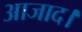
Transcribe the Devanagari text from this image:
आजाद।